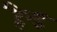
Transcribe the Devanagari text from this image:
हैन्ड